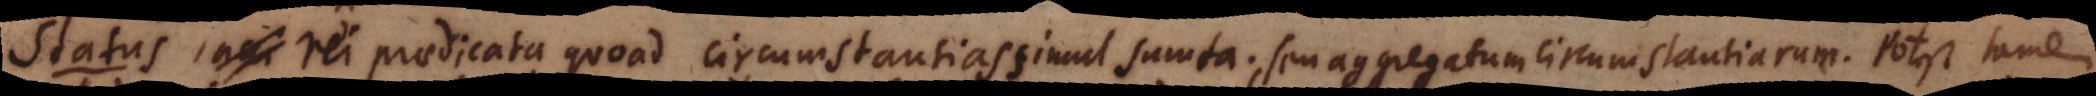
t u s, rei praedicata quoad circumstantias simul sumta; seu aggregatum circumstantiarum. Potest tame